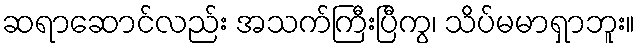
ဆရာဆောင်လည်း အသက်ကြီးပြီကွ၊ သိပ်မမာရှာဘူး။